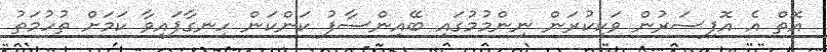
އޮތް އެ އޮފިސަރުން ވަކިކުރަން ނިންމުމުގައި ބޭއިންސާފު ކަންކަން ހިނގާފައިވާ ކަމަށް ތުހުމަތު